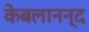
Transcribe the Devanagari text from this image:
केबलानन्द